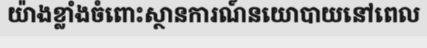
យ៉ាងខ្លាំងចំពោះស្ថានការណ៍នយោបាយនៅពេល